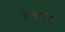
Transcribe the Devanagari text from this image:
रामानंद।